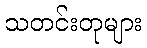
သတင်းတုများ